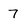
Character: 7